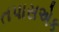
તપાસએક